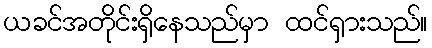
ယခင်အတိုင်းရှိနေသည်မှာ ထင်ရှားသည်။